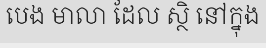
បេង មាលា ដែល ស្ថិ នៅក្នុង